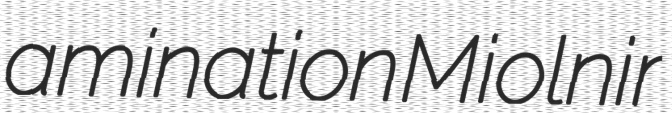
amination Miolnir